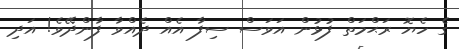
ގެ ހެޔޮ ރަޙްމަތް ފުޅުން އަވަސް ސިފާ އެއް ދެއްވާ ފާންދޭވެ! އަދި